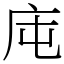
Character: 庉